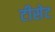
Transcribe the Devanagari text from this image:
टीसेट